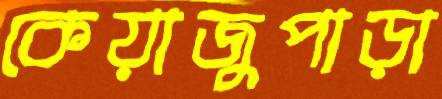
কেয়াজুপাড়া